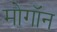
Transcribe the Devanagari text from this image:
मोगॉन